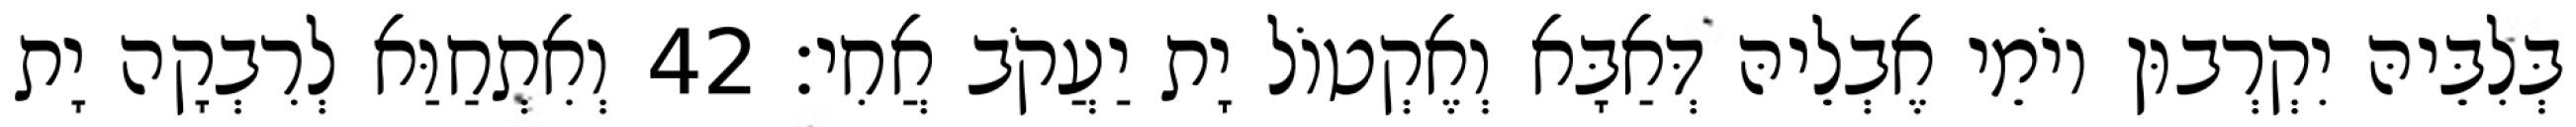
בְּלִבֵּיהּ יִקְרְבוּן יוֹמֵי אֶבְלֵיהּ דְּאַבָּא וְאֶקְטוֹל יָת יַעֲקֹב אֲחִי׃ 42 וְאִתְחַוַּא לְרִבְקָה יָת